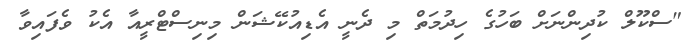
"ސްކޫލް ކުދިންނަށް ބަހުގެ ހިދުމަތް މި ދެނީ އެޑިއުކޭޝަން މިނިސްޓްރީއާ އެކު ވެފައިވާ